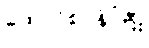
ထောင်စုဝန်ကြီး